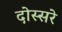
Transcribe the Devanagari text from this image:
दोस्सरे